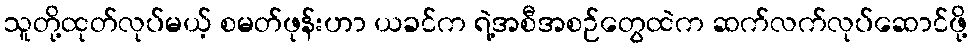
သူတို့ထုတ်လုပ်မယ့် စမတ်ဖုန်းဟာ ယခင်က ရဲ့အစီအစဉ်တွေထဲက ဆက်လက်လုပ်ဆောင်ဖို့